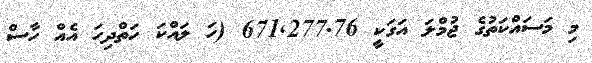
މި މަސައްކަތުގެ ޖުމްލަ އަގަކީ 671